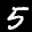
Label: 5